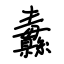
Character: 纛